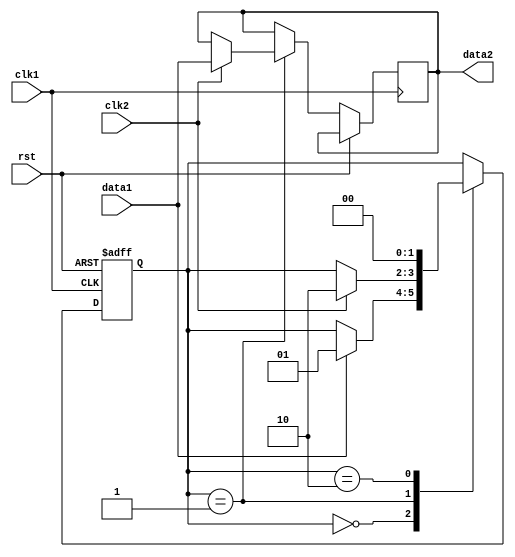
module Synchronizer (
    input wire clk1, // clock signal from domain 1
    input wire clk2, // clock signal from domain 2
    input wire rst, // reset signal
    input wire data1, // data signal from domain 1
    output reg data2 // synchronized data signal for domain 2
);

reg [1:0] state; // state variable for handshaking logic

always @ (posedge clk1 or posedge rst) begin
    if (rst) begin
        state <= 2'b00; // reset state
    end else begin
        case (state)
            2'b00: begin // ready to send data
                if (data1) begin
                    state <= 2'b01; // handshake request
                end
            end
            2'b01: begin // wait for receiver's acknowledgment
                if (clk2) begin
                    state <= 2'b10; // data transfer
                    data2 <= data1; // synchronize data
                end
            end
            2'b10: begin // data transferred, reset state
                state <= 2'b00;
            end
        endcase
    end
end

endmodule